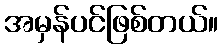
အမှန်ပင်ဖြစ်တယ်။